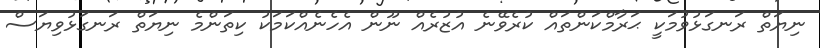
ނިޔަތް ރަނގަޅުވުމަކީ ޙަރާމްކަންތައް ކުރެވޭނެ އުޒުރެއް ނޫން އެހެނެއްކަމަކު ކިތަންމެ ނިޔަތް ރަނގަޅުވިޔަސް